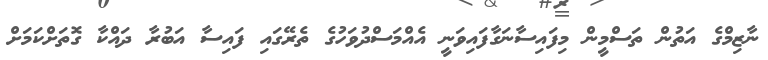
ނާޒިމްގެ އަތުން ތަސްމީން މިފައިސާނަގާފައިވަނީ އެއްމަސްދުވަހުގެ ތެރޭގައި ފައިސާ އަބުރާ ދައްކާ ގޮތަށްކަމަށް